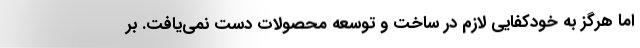
اما هرگز به خودکفایی لازم در ساخت و توسعه محصولات دست نمی‌یافت. بر